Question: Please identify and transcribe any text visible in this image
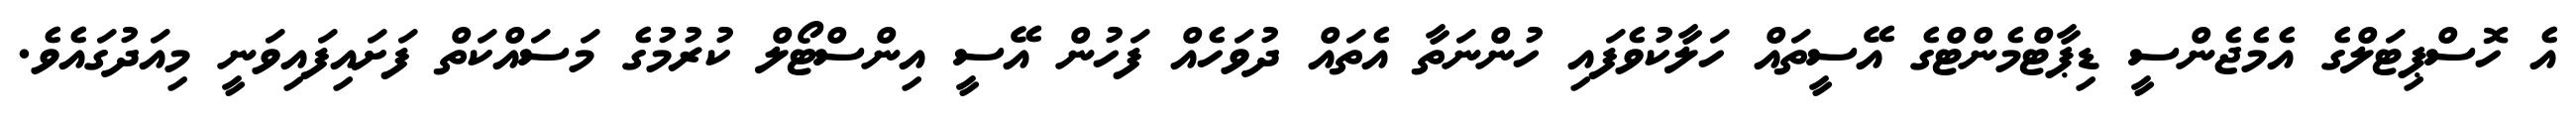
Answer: އެ ހޮސްޕިޓަލްގެ އެމެޖެންސީ ޑިޕާޓްމެންޓްގެ އޭސީތައް ހަލާކުވެފައި ހުންނަތާ އެތައް ދުވަހެއް ފަހުން އޭސީ އިންސްޓޯލް ކުރުމުގެ މަސައްކަތް ފަށައިފައިވަނީ މިއަދުގައެވެ.